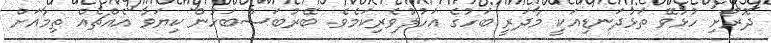
ދޮރޯށި ހުޅުވޭ ތަޅުދަނޑިއަކީ މާދަރީ ބަހުގެ އަހުލުވެރިކަމެވެ. ބޭރުބަސްބަހުން ކިޔަވާ އެއްޗެއް ތިމާއަށް